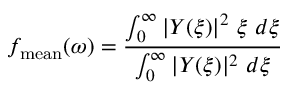
f _ { \mathrm { m e a n } } ( \omega ) = \frac { \int _ { 0 } ^ { \infty } | Y ( \xi ) | ^ { 2 } ~ \xi ~ d \xi } { \int _ { 0 } ^ { \infty } | Y ( \xi ) | ^ { 2 } ~ d \xi }